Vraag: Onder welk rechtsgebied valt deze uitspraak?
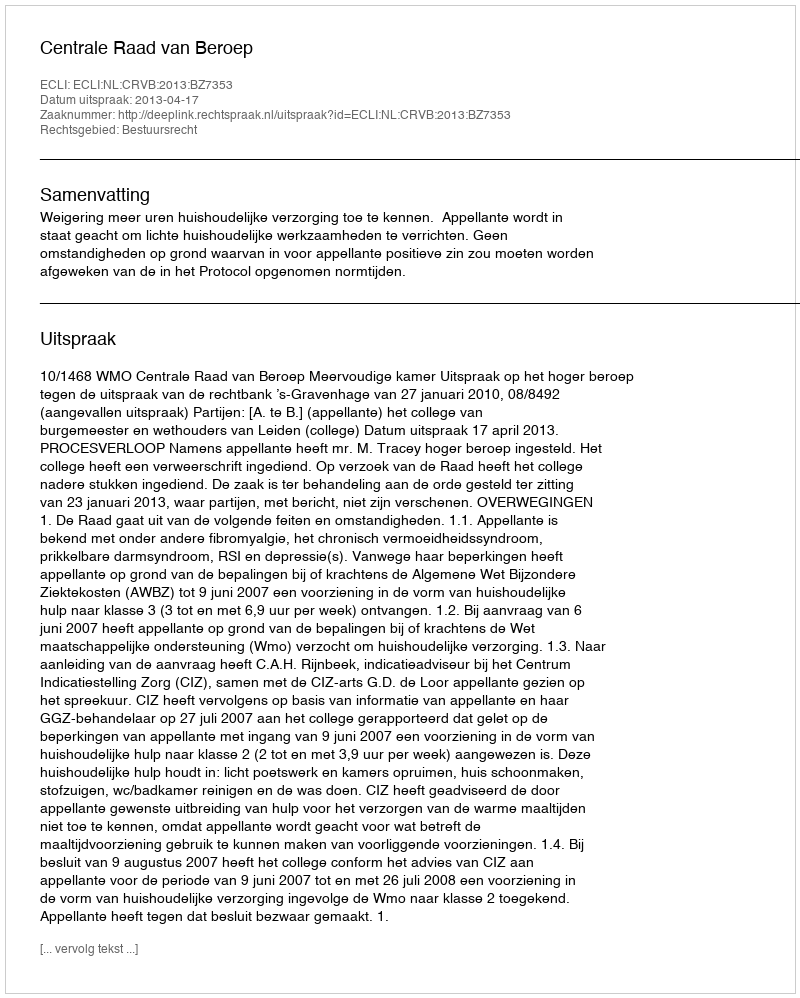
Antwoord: Bestuursrecht